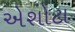
એશોટા